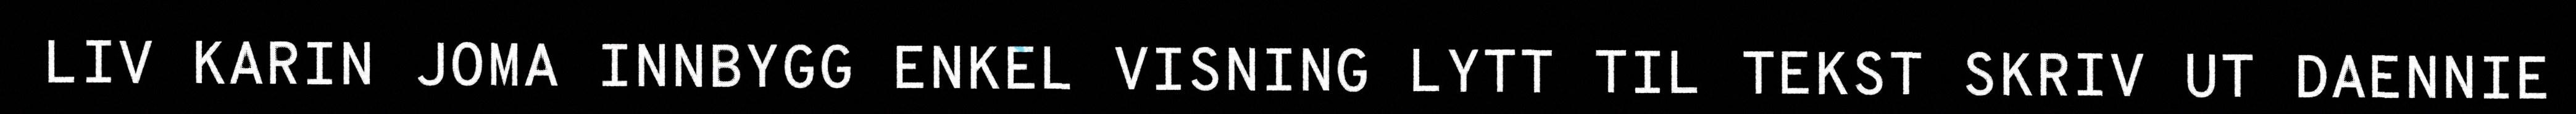
LIV KARIN JOMA INNBYGG ENKEL VISNING LYTT TIL TEKST SKRIV UT DAENNIE